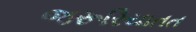
જરૂરિયાતત